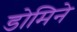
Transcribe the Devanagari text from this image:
डोमिने